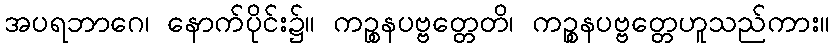
အပရဘာဂေ၊ နောက်ပိုင်း၌။ ကဉ္စနပဗ္ဗတ္တေတိ၊ ကဉ္စနပဗ္ဗတ္တေဟူသည်ကား။